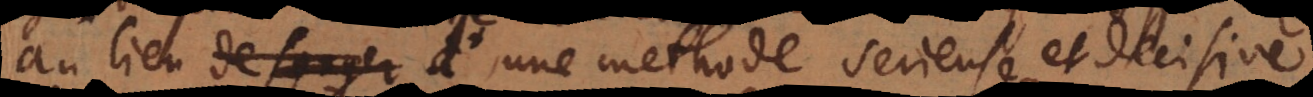
au lieu de songer à d’une methode serieuse et decisive,